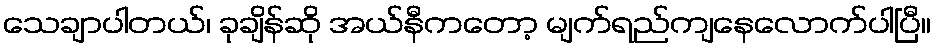
သေချာပါတယ်၊ ခုချိန်ဆို အယ်နီကတော့ မျက်ရည်ကျနေလောက်ပါပြီ။